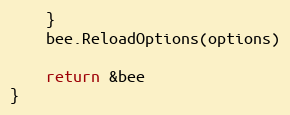
Language: Go
	}
	bee.ReloadOptions(options)

	return &bee
}